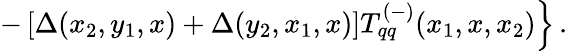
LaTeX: \left.-\left[\Delta(x_{2},y_{1},x)+\Delta(y_{2},x_{1},x)\right]T_{qq}^{(-)}(x_{1},x,x_{2})\right\} \, .